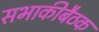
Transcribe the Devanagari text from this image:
सभाकीबैठक